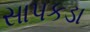
સાપકડા